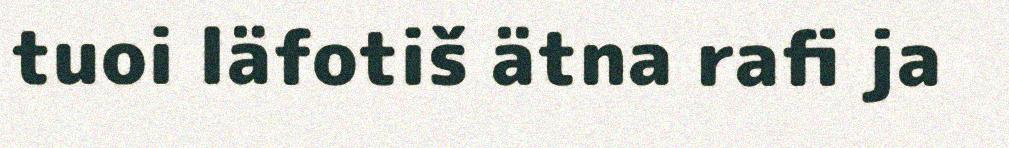
tuoi läfotiš ätna rafi ja